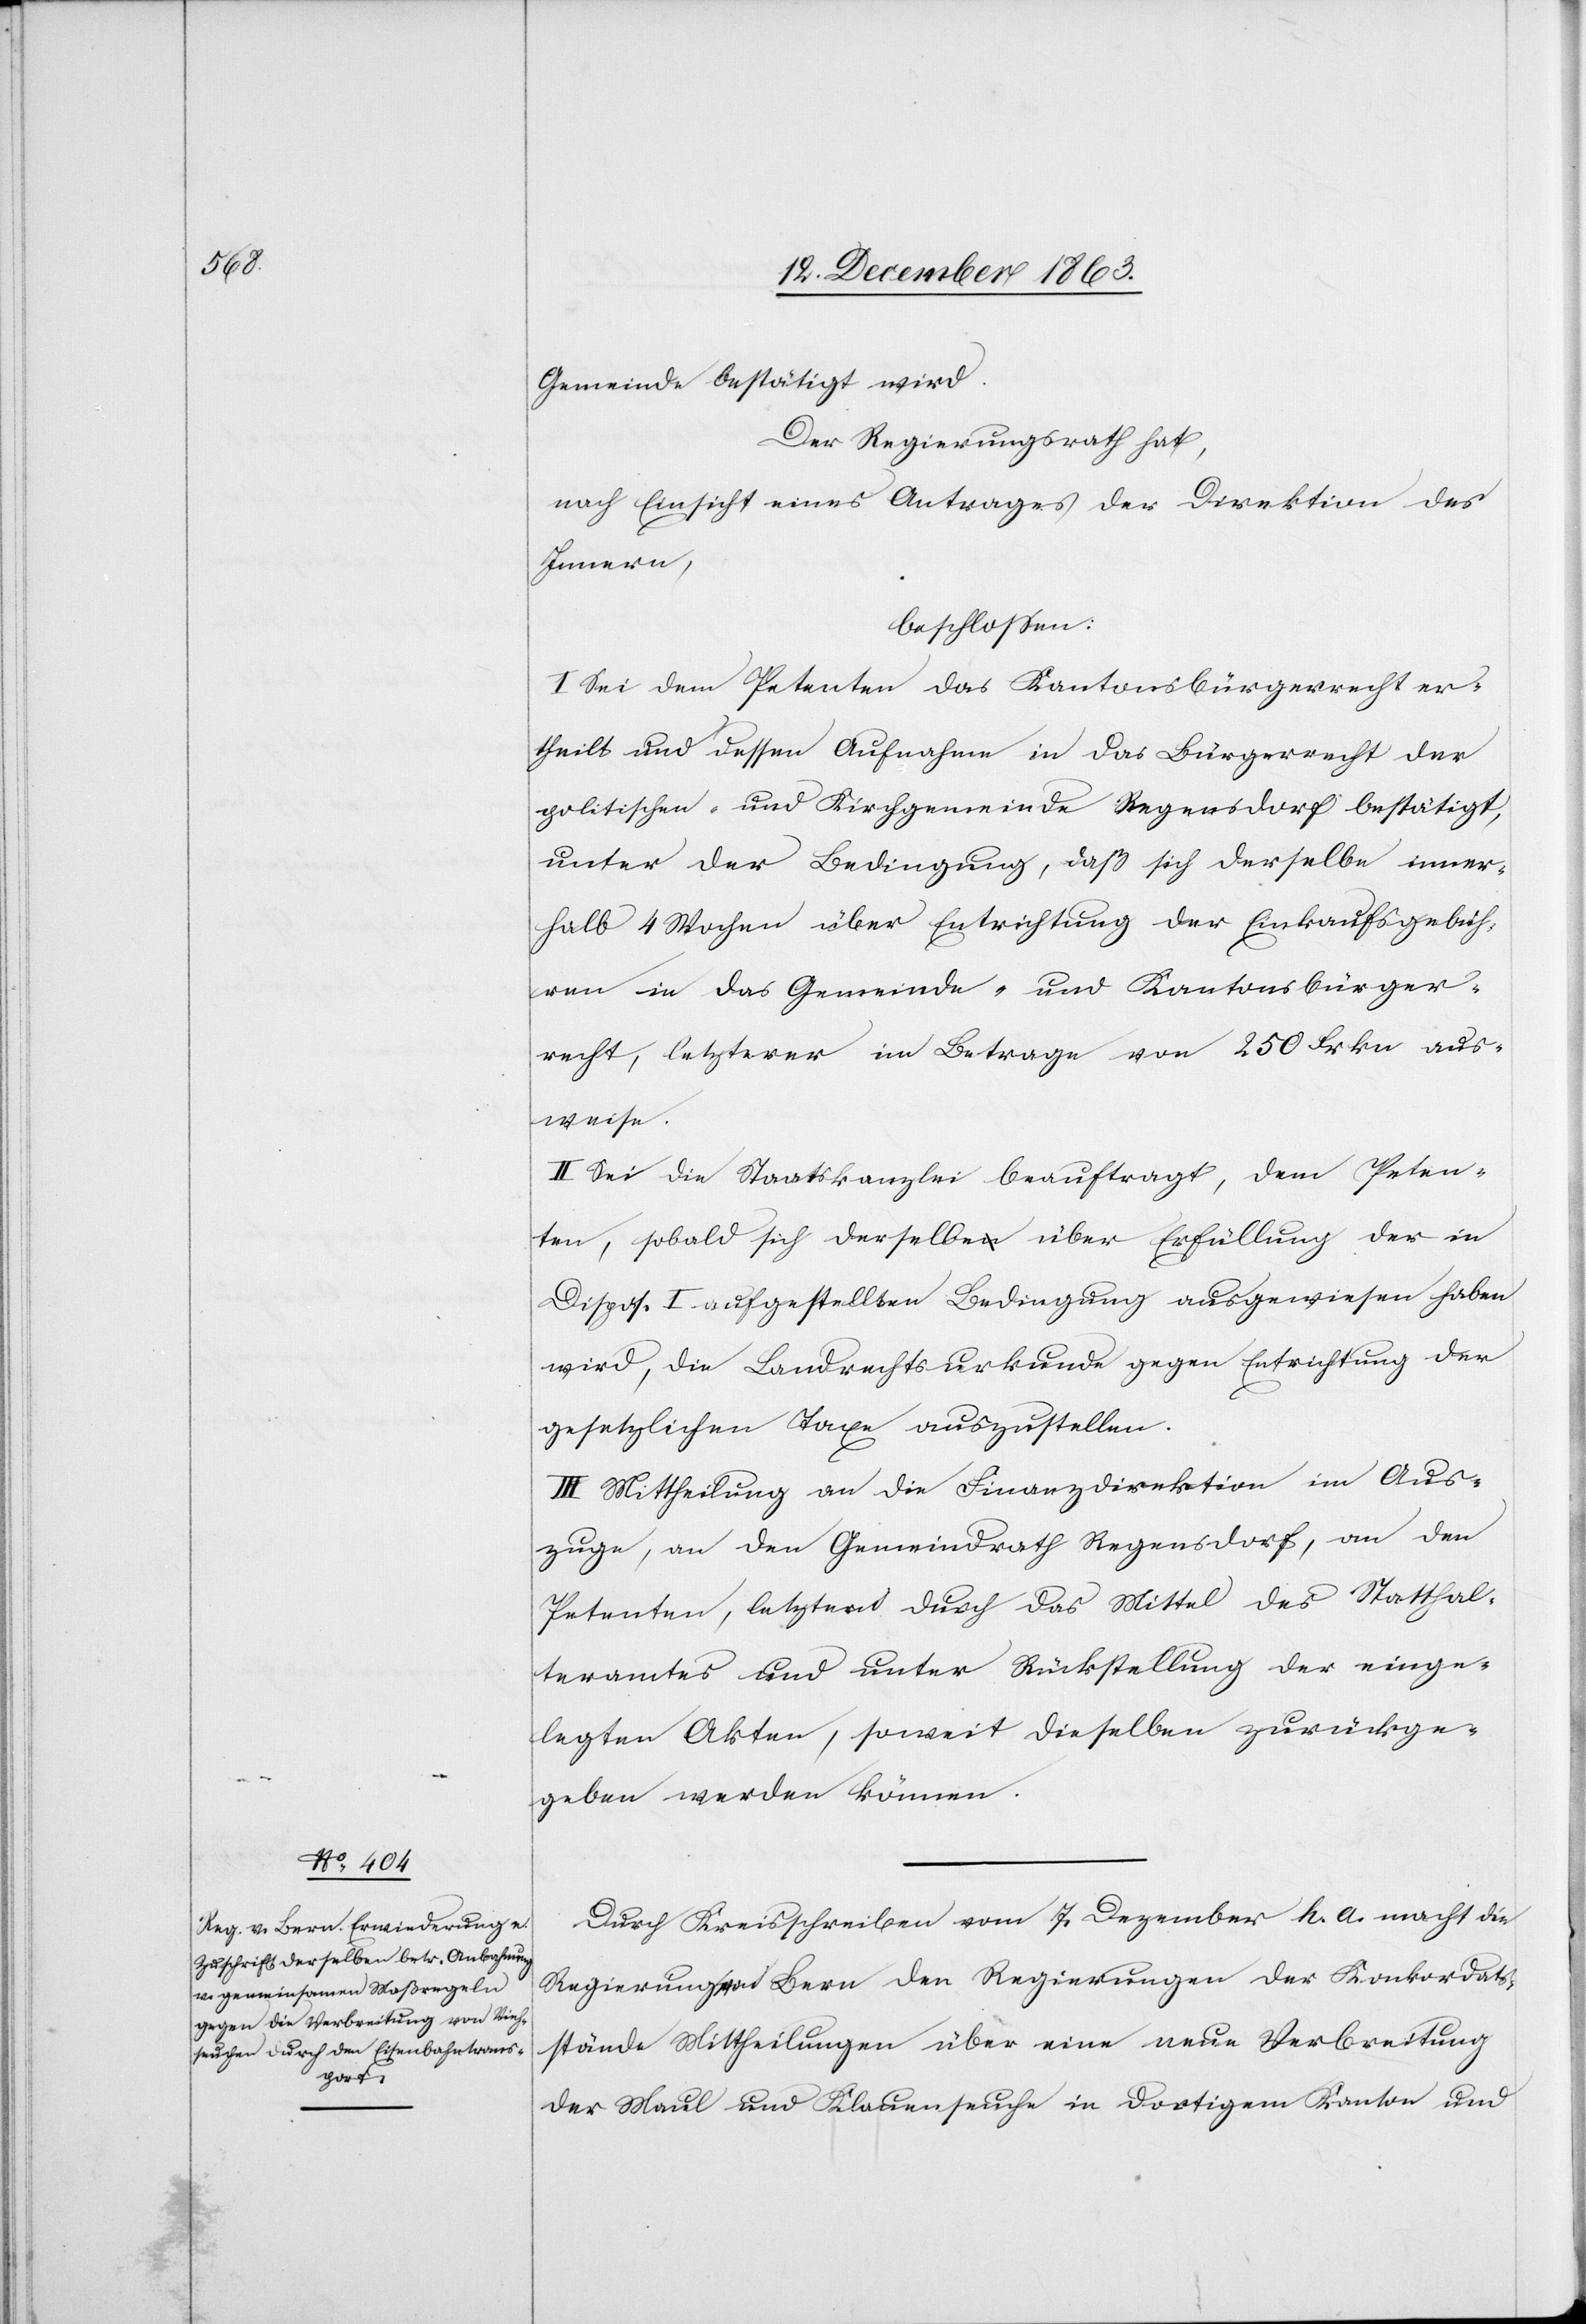
Gemeinde bestätigt wird.
Der Regierungsrath hat,
nach Einsicht eines Antrages der Direktion des
Innern,
beschlossen:
I. Sei dem Petenten das Kantonsbürgerrecht er¬
theilt und dessen Aufnahme in das Bürgerrecht der
politischen und Kirchgemeinde Regensdorf bestätigt,
unter der Bedingung, daß sich derselbe inner¬
halb 4 Wochen über Entrichtung der Einkaufsgebüh¬
ren in das Gemeinde- und Kantonsbürger¬
recht, letzterer im Betrage von 250 Frkn aus¬
weise.
II. Sei die Staatskanzlei beauftragt, dem Peten¬
ten, sobald sich derselbe über Erfüllung der in
Dispos. I aufgestellten Bedingung ausgewiesen haben
wird, die Landrechtsurkunde gegen Entrichtung der
gesetzlichen Taxe auszustellen.
III. Mittheilung an die Finanzdirektion im Aus¬
zuge, an den Gemeindrath Regensdorf, an den
Petenten, letztern durch das Mittel des Statthal¬
teramtes und unter Rückstellung der einge¬
legten Akten, soweit dieselben zurückge¬
geben werden können.
Durch Kreisschreiben vom 7. Dezember h. a. macht die
Regierung von Bern den Regierungen der Konkordats¬
stände Mittheilung über eine neue Verbreitung
der Maul[-] und Klauenseuche in dortigem Kanton und